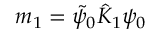
m _ { 1 } = \tilde { \psi } _ { 0 } \hat { K } _ { 1 } \psi _ { 0 }